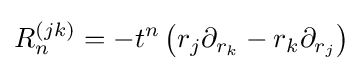
R_{n}^{(jk)}=-t^{n}\left(r_{j}\partial _{r_{k}}-r_{k}\partial _{r_{j}}\right)